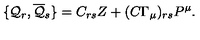
\{ { \cal { Q } } _ { r } , \overline { { { \cal { Q } } } } _ { s } \} = C _ { r s } { Z } + ( C \Gamma _ { \mu } ) _ { r s } P ^ { \mu } .